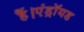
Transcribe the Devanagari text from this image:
हैं।एंड्रॉयड